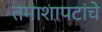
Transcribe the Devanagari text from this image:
तमाशापटांचे